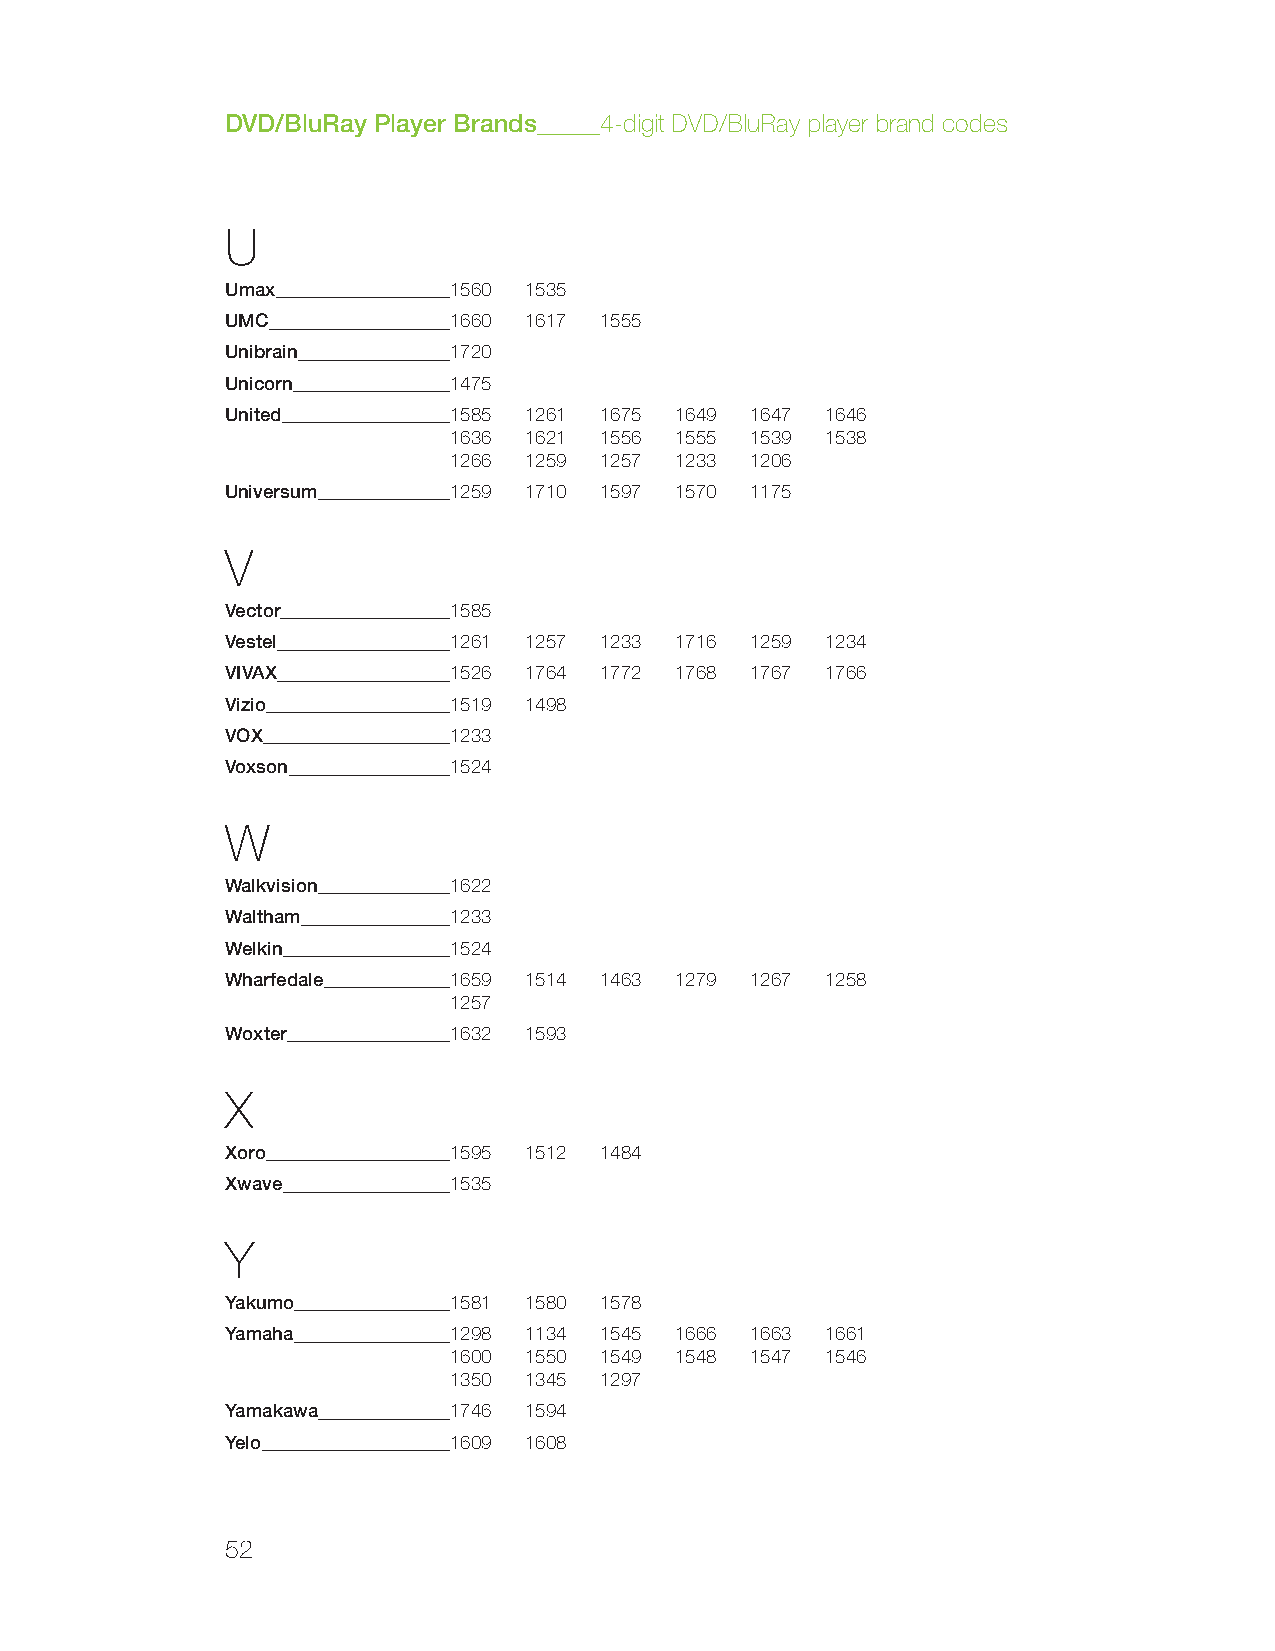
DVD/BluRay Player Brands 4-digit DVD/BluRay player brand codes
 U
 Umax           1560 1535
 UMC            1660 1617 1555
 Unibrain       1720
 Unicorn        1475
 United         1585 1261 1675 1649 1647 1646
 1636 1621 1556 1555 1539 1538
 1266 1259 1257 1233 1206
 Universum      1259 1710 1597 1570 1175
 V
 Vector         1585
 Vestel         1261 1257 1233 1716 1259 1234
 VIVAX          1526 1764 1772 1768 1767 1766
 Vizio          1519 1498
 VOX            1233
 Voxson         1524
 W
 Walkvision     1622
 Waltham        1233
 Welkin         1524
 Wharfedale     1659 1514 1463 1279 1267 1258
 1257
 Woxter         1632 1593
 X
 Xoro           1595 1512 1484
 Xwave          1535
 Y
 Yakumo         1581 1580 1578
 Yamaha         1298 1134 1545 1666 1663 1661
 1600 1550 1549 1548 1547 1546
 1350 1345 1297
 Yamakawa       1746 1594
 Yelo           1609 1608
 52